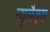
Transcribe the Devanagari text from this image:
न्युलैड्स